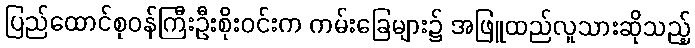
ပြည်ထောင်စုဝန်ကြီးဦးစိုးဝင်းက ကမ်းခြေများ၌ အဖြူထည်လူသားဆိုသည့်